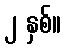
၂ နှစ်။